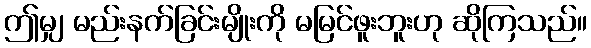
ဤမျှ မည်းနက်ခြင်းမျိုးကို မမြင်ဖူးဘူးဟု ဆိုကြသည်။